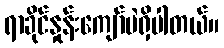
ရာခိုင်နှုန်းကျော်ပဲရှိပါတယ်။